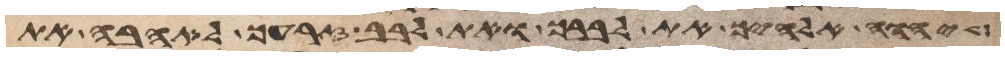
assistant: יהוה אלהיך את לבבך ואת לבב זרעך לאהבה את